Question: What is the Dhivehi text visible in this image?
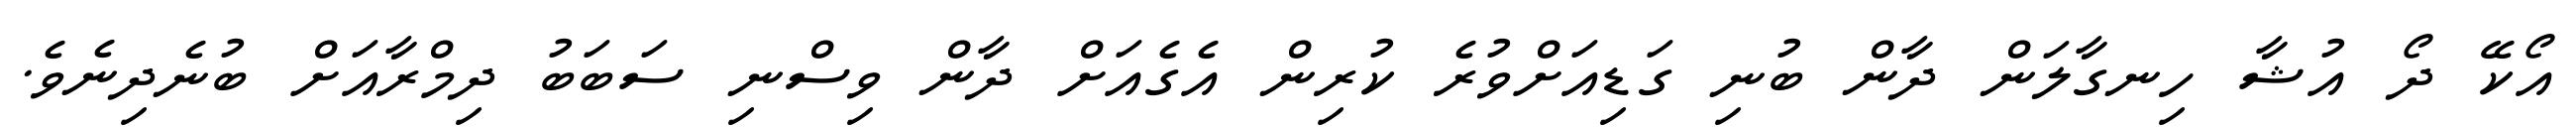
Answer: އޯކޭ ދޯ އުޝާ ހިނގާލަން ދާން ބުނި ގަޑިއަށްވުރެ ކުރިން އެގެއަށް ދާން ވިސްނި ސަބަބު ދިމްރާއަށް ބުނެދިނެވެ.